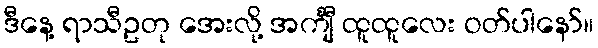
ဒီနေ့ ရာသီဥတု အေးလို့ အင်္ကျီ ထူထူလေး ဝတ်ပါနော်။